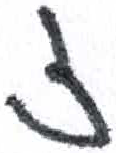
אות: ז